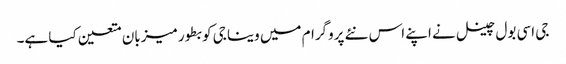
جی اسی بول چینل نے اپنے اس نئے پروگرام میں وینا جی کو بطور میزبان متعین کیا ہے۔